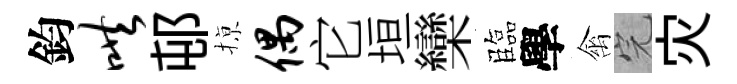
鈞哄邨𢱊偶它垣欒臨學禽完灾